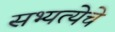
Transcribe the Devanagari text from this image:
सभ्यत्येचे